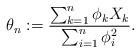
LaTeX: \begin{align*} \theta_n:=\frac{\sum_{k=1}^n\phi_kX_k}{\sum_{i=1}^n\phi_i^2}.\end{align*}